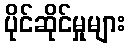
ပိုင်ဆိုင်မှုများ